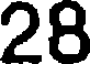
28